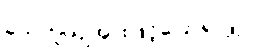
ယေဘူယျအားဖြင့်ပြောရလျှင်